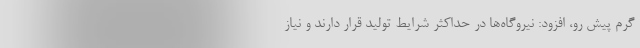
گرم پیش رو، افزود: نیروگاه‌ها در حداکثر شرایط تولید قرار دارند و نیاز